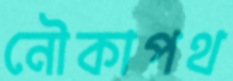
নৌকাপথ